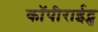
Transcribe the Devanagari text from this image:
कॉपीराईट्स